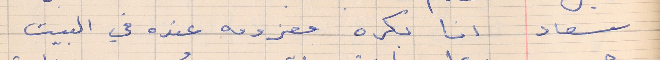
سعاد     انا بكره معزومه عنده في البيت